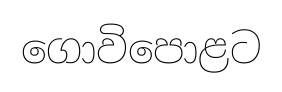
ගොවිපොළට